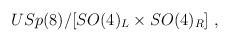
LaTeX: \begin{align*}USp(8)/[SO(4)_L\times SO(4)_R]\ ,\end{align*}